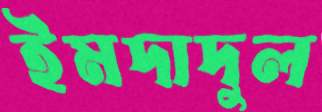
ইমদাদুল